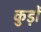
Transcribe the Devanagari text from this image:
कुड़ों